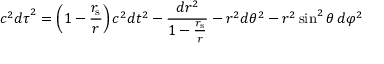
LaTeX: c ^ { 2 } { d \tau } ^ { 2 } = \left( 1 - { \frac { r _ { \mathrm { { s } } } } { r } } \right) c ^ { 2 } d t ^ { 2 } - { \frac { d r ^ { 2 } } { 1 - { \frac { r _ { \mathrm { { s } } } } { r } } } } - r ^ { 2 } d \theta ^ { 2 } - r ^ { 2 } \sin ^ { 2 } \theta \, d \varphi ^ { 2 }